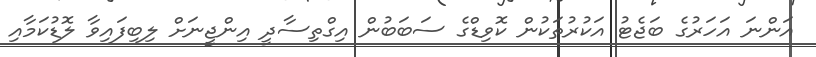
އަންނަ އަހަރުގެ ބަޖެޓު އަކުރުތަކުން ކޮވިޑްގެ ސަބަބުން އިގްތިސާދީ އިންޖީނަށް ލިބިފައިވާ ލޮޑުކަމާއި